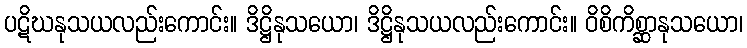
ပဋိဃနုသယလည်းကောင်း။ ဒိဋ္ဌိနုသယော၊ ဒိဋ္ဌိနုသယလည်းကောင်း။ ဝိစိကိစ္ဆာနုသယော၊